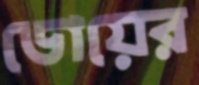
ডোয়ের